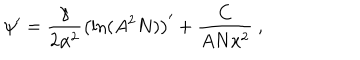
\psi ^ { \prime } = \frac { \gamma } { 2 \alpha ^ { 2 } } \left( \ln ( A ^ { 2 } N ) \right) ^ { \prime } + \frac { C } { A N x ^ { 2 } } \ ,